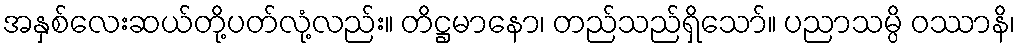
အနှစ်လေးဆယ်တို့ပတ်လုံ့လည်း။ တိဋ္ဌမာနော၊ တည်သည်ရှိသော်။ ပညာသမ္ပိ ဝဿာနိ၊